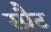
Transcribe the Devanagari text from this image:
स्प्रैट